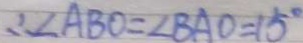
\therefore \angle A B O = \angle B A O = 1 5 ^ { \circ }